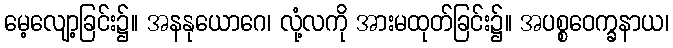
မေ့လျော့ခြင်း၌။ အနနုယောဂေ၊ လုံ့လကို အားမထုတ်ခြင်း၌။ အပစ္စဝေက္ခနာယ၊